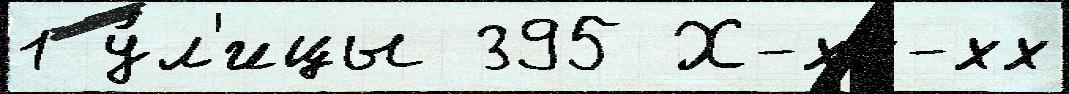
1 у́л'ицы 395 Х-хх-хх